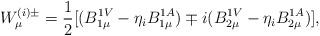
LaTeX: \begin{align*}W^{(i)\pm}_{\mu} = \frac{1}{2} [(B^{1V}_{1\mu} - \eta_{i} B^{1A}_{1\mu})\mp i(B^{1V}_{2\mu} - \eta_{i} B^{1A}_{2\mu})],\end{align*}